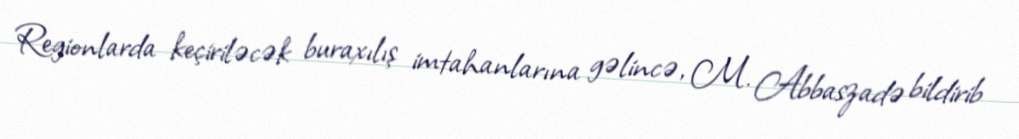
Regionlarda keçiriləcək buraxılış imtahanlarına gəlincə, M. Abbaszadə bildirib